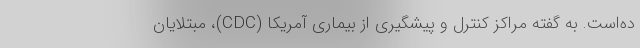
ده‌است. به گفته مراکز کنترل و پیشگیری از بیماری آمریکا (CDC)، مبتلایان